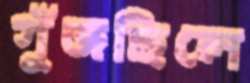
গুঁজছিলে